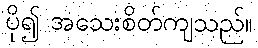
ပို၍ အသေးစိတ်ကျသည်။